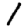
Digit: 1